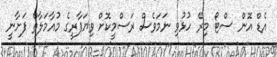
އެޑް އޮން ސްޓޯ މިރޭ ހުޅުވި ނަމަވެސް ރަސްމީކޮށް ވިޔަފާރީގެ މުއާމަލާތް ފަށާނީ